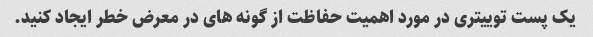
یک پست توییتری در مورد اهمیت حفاظت از گونه های در معرض خطر ایجاد کنید.